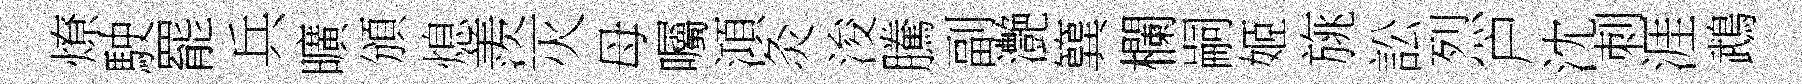
燎駛罷兵曠頒熄羨灭母囑澒灸浚騰副灔簨欄嗣姬旐訟烈户沈刺涯鵡